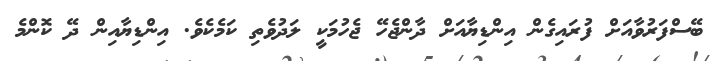
ބޭސްފަރުވާއަށް ފުރައިގެން އިންޑިޔާއަށް ދާންޖެހޭ ޖެހުމަކީ ލަދުވެތި ކަމެކެވެ. އިންޑިޔާއިން ދޭ ކޮންމެ